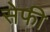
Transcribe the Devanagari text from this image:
सेफी